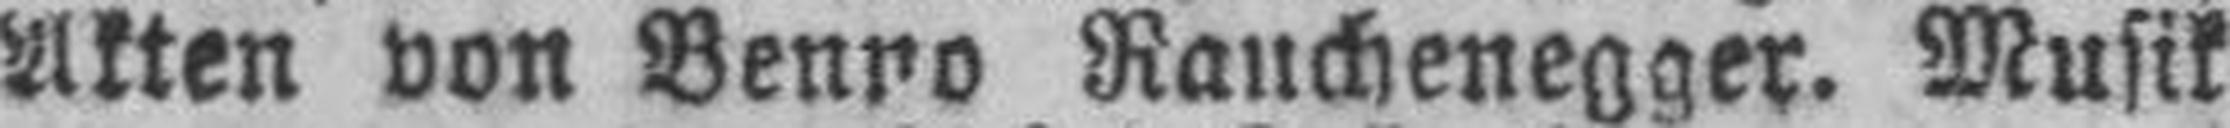
Akten von Benno Rauchenegger. Musik